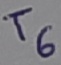
Text: T6